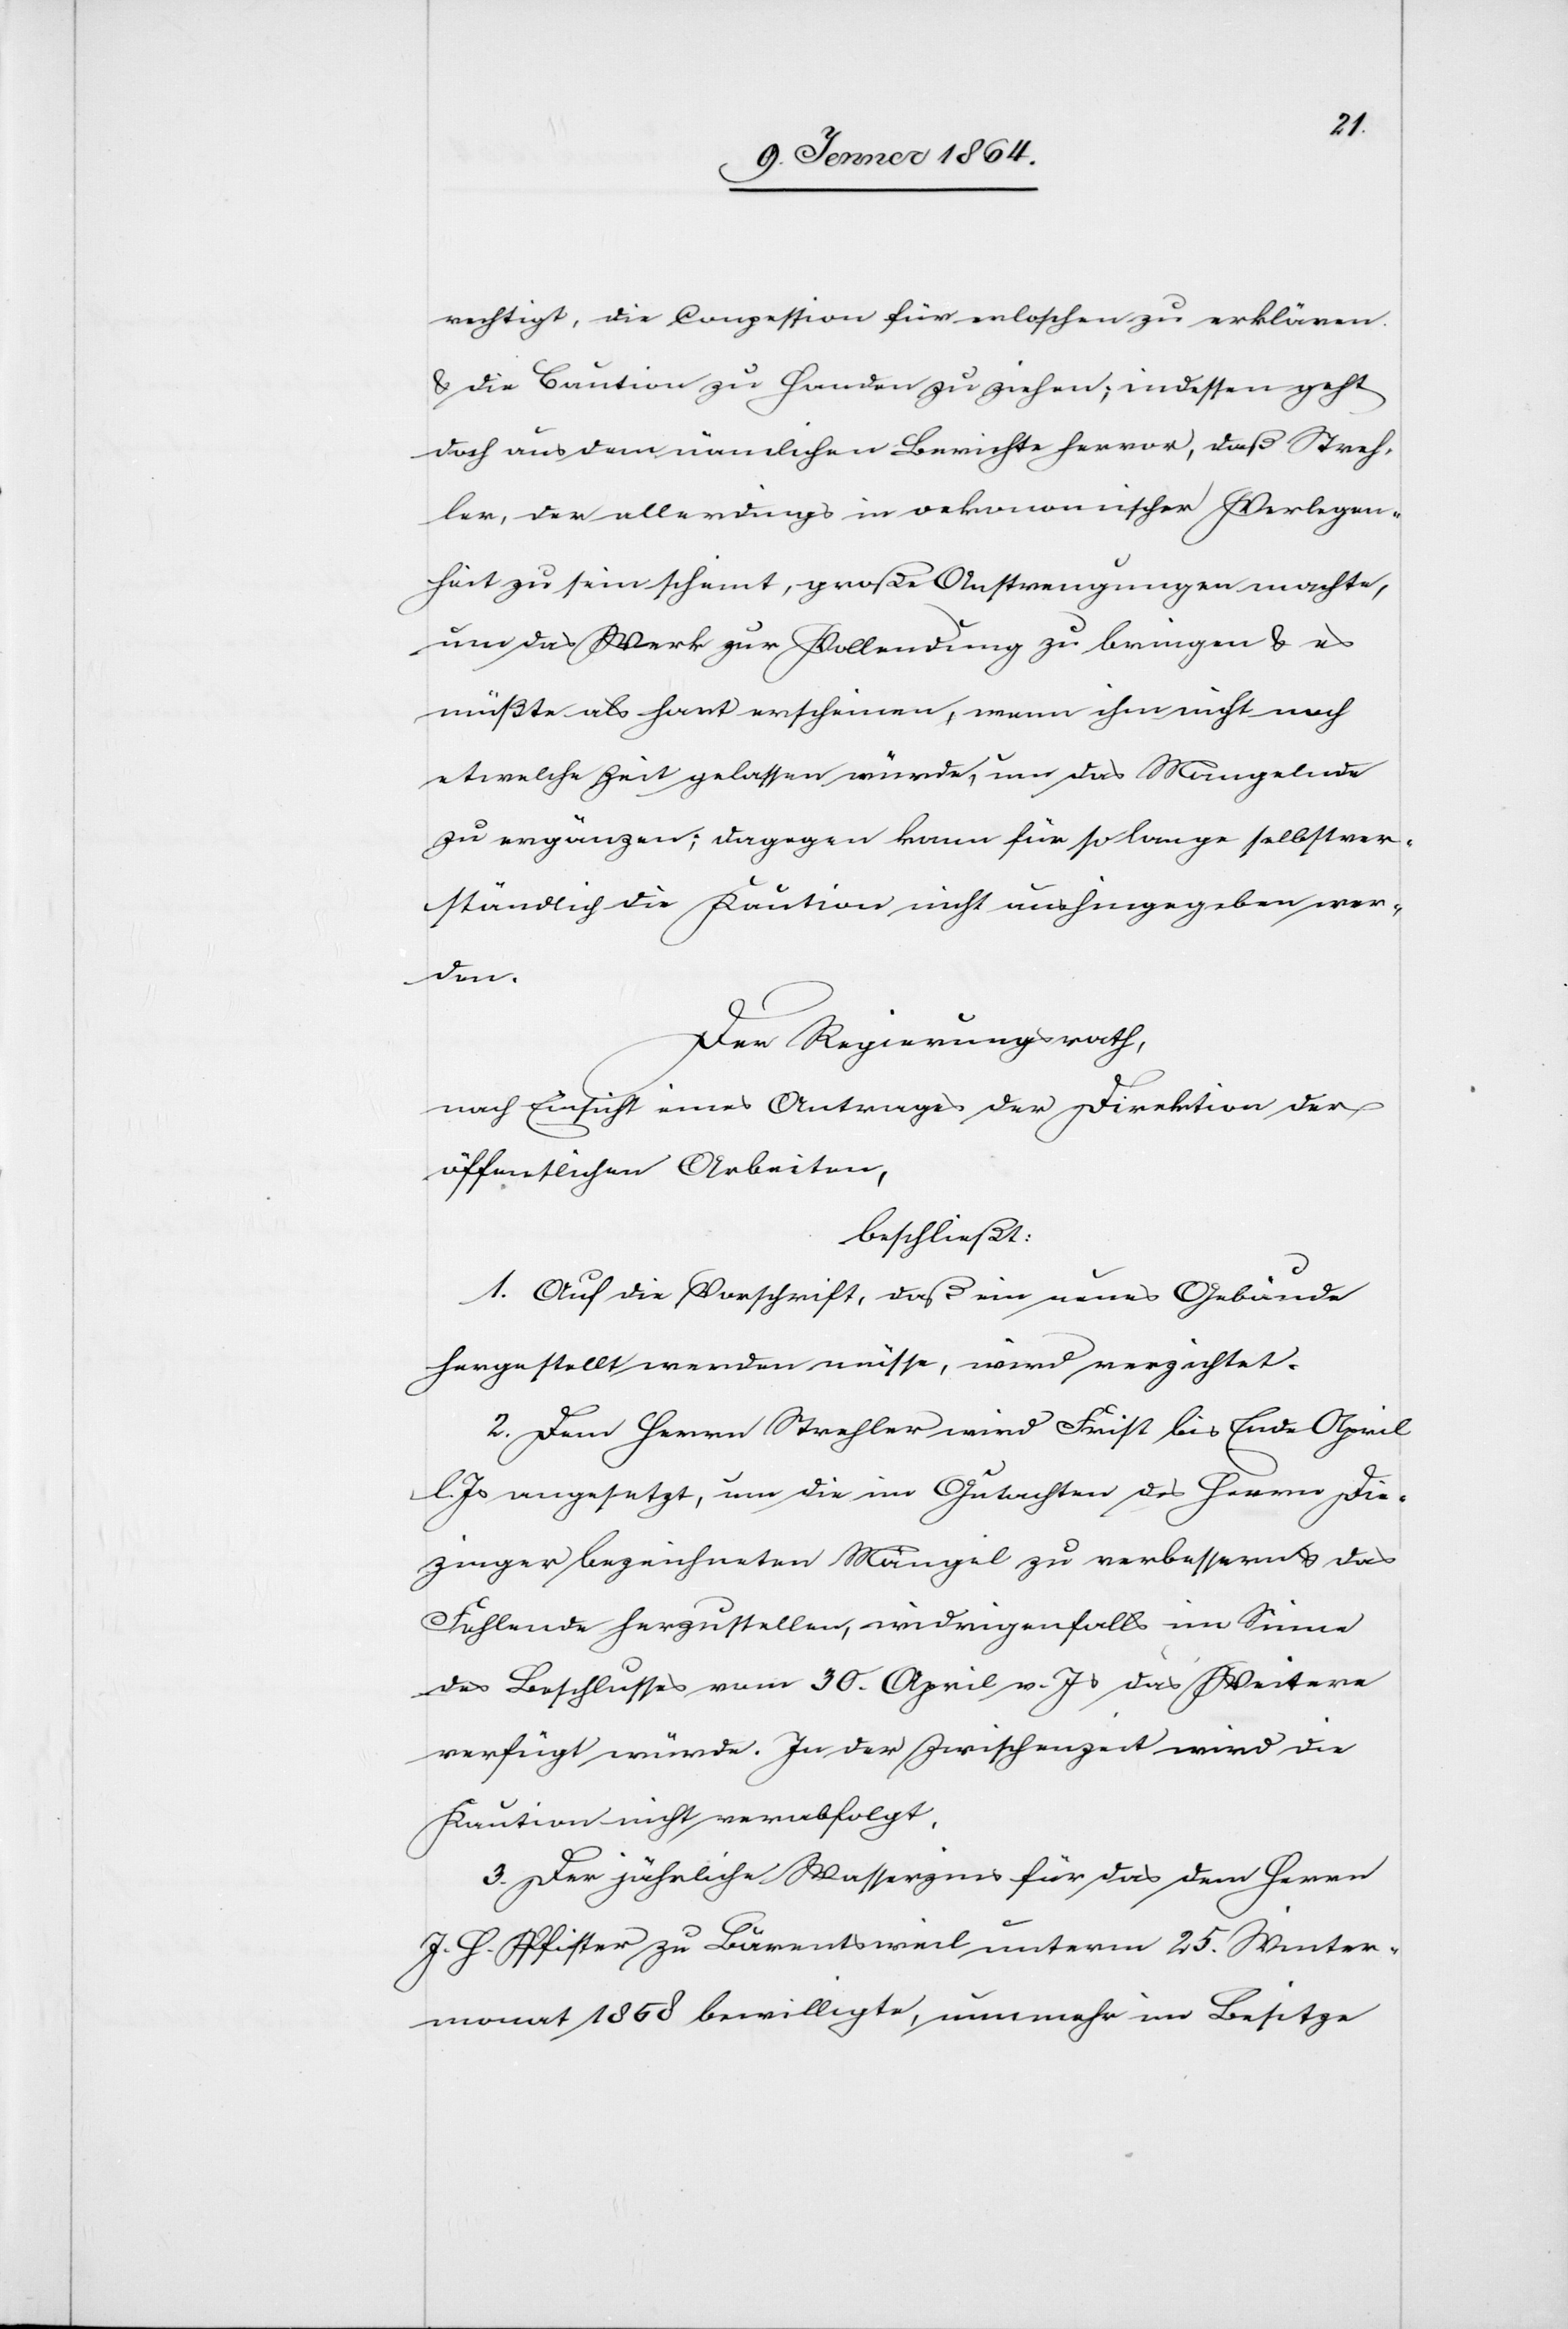
rechtigt, die Conzession für erloschen zu erklären
u. die Caution zu Handen zu ziehen; indessen geht
doch aus dem nämlichen Berichte hervor, daß Streh¬
ler, der allerdings in oekonomischer Verlegen¬
heit zu sein scheint, große Anstrengungen machte,
um das Werk zur Vollendung zu bringen u. es
müßte als hart erscheinen, wenn ihm nicht noch
etwelche Zeit gelassen würde, um das Mangelnde
zu ergänzen; dagegen kann für so lange selbstver¬
ständlich die Kaution nicht aushingegeben wer¬
den.
Der Regierungsrath,
nach Einsicht eines Antrages der Direktion der
öffentlichen Arbeiten,
beschließt:
1. Auf die Vorschrift, daß ein neues Gebäude
hergestellt werden müsse, wird verzichtet.
2. Dem Herrn Strehler wird Frist bis Ende April
d. Js angesetzt, um die im Gutachten des Herrn Die¬
zinger bezeichneten Mängel zu verbessern u. das
Fehlende herzustellen, widrigenfalls im Sinne
des Beschlusses vom 30. April v. Js das Weitere
verfügt würde. In der Zwischenzeit wird die
Kaution nicht verabfolgt.
3. Der jährliche Wasserzins für das dem Herrn
J. J. Pfister zu Bärentsweil unterm 25. Winter¬
monat 1858 bewilligte, nunmehr im Besitze